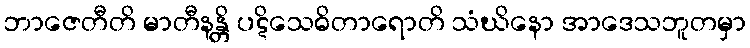
ဘာဇေတီတိ မာတီနန္တိ ပဋိသေဓိတာရောတိ သံဃိနော အာဒေသဘူတမှာ